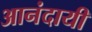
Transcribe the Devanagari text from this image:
आनंदायी